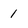
Character: 1